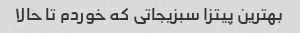
بهترین پیتزا سبزیجاتی که خوردم تا حالا